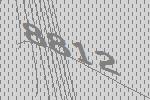
8812